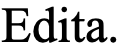
Edita.